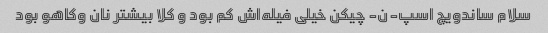
سلام ساندویچ اسپ-ن- چیکن خیلی فیله‌اش کم بود و کلا بیشتر نان وکاهو بود